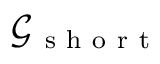
\mathcal { G _ { \mathrm { ~ s ~ h ~ o ~ r ~ t ~ } } }